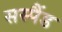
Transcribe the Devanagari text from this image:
सस्पैंड